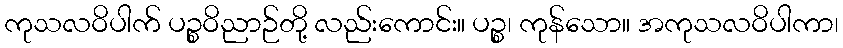
ကုသလဝိပါက် ပဉ္စဝိညာဉ်တို့ လည်းကောင်း။ ပဉ္စ၊ ကုန်သော။ အကုသလဝိပါကာ၊